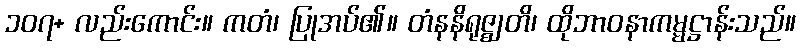
၁၀၇+ လည်းကောင်း။ ကတံ၊ ပြုအပ်၏။ တံနနိရုဇ္ဈတိ၊ ထိုဘာဝနာကမ္မဋ္ဌာန်းသည်။